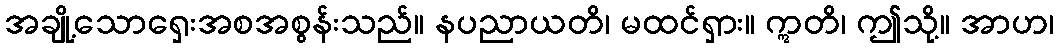
အချို့သောရှေးအစအစွန်းသည်။ နပညာယတိ၊ မထင်ရှား။ ဣတိ၊ ဤသို့။ အာဟ၊